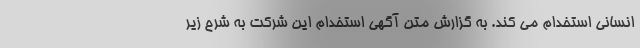
انسانی استخدام می کند. به گزارش متن آگهی استخدام این شرکت به شرح زیر